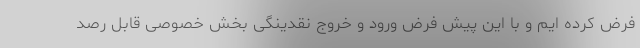
فرض کرده ایم و با این پیش فرض ورود و خروج نقدینگی بخش خصوصی قابل رصد